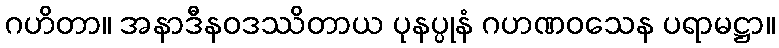
ဂဟိတာ။ အနာဒီနဝဒဿိတာယ ပုနပ္ပုနံ ဂဟဏဝသေန ပရာမဋ္ဌာ။